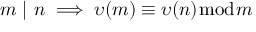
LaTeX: m \ | \ n \implies \upsilon ( m ) \equiv \upsilon ( n ) { \bmod { m } }